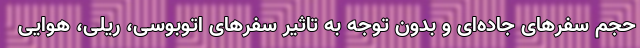
حجم سفرهای جاده‌ای و بدون توجه به تاثیر سفرهای اتوبوسی، ریلی، هوایی